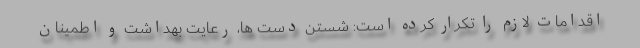
اقدامات لازم را تکرار کرده است: شستن دست ها، رعایت بهداشت و اطمینان